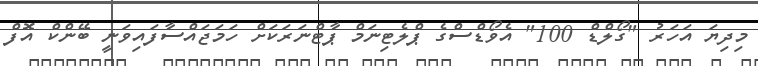
މިދިޔަ އަހަރު "ގޯލްޑް 100" އެވޯޑްސްގެ ޕްލެޓިނަމް ޕާޓްނަރަކަށް ހަމަޖައްސާފައިވަނީ ބޭންކް އޮފް